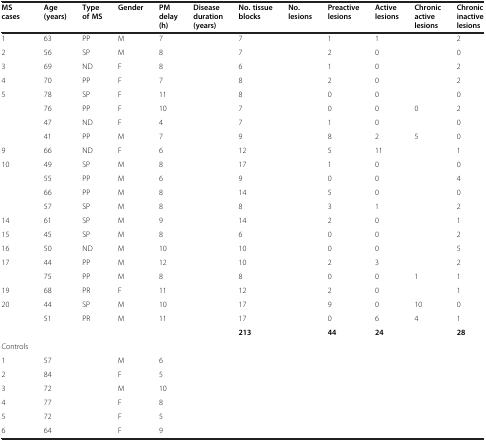
<table><thead><tr><td><b>MS cases</b></td><td><b>Age (years)</b></td><td><b>Type of MS</b></td><td><b>Gender</b></td><td><b>PM delay (h)</b></td><td><b>Disease duration (years)</b></td><td><b>No. tissue blocks</b></td><td><b>No. lesions</b></td><td><b>Preactive lesions</b></td><td><b>Active lesions</b></td><td><b>Chronic active lesions</b></td><td><b>Chronic inactive lesions</b></td></tr></thead><tbody><tr><td>1</td><td>63</td><td>PP</td><td>M</td><td>7</td><td>[EMPTY_CELL]</td><td>7</td><td>[EMPTY_CELL]</td><td>1</td><td>1</td><td>[EMPTY_CELL]</td><td>2</td></tr><tr><td>2</td><td>56</td><td>SP</td><td>M</td><td>8</td><td>[EMPTY_CELL]</td><td>7</td><td>[EMPTY_CELL]</td><td>2</td><td>0</td><td>[EMPTY_CELL]</td><td>0</td></tr><tr><td>3</td><td>69</td><td>ND</td><td>F</td><td>8</td><td>[EMPTY_CELL]</td><td>6</td><td>[EMPTY_CELL]</td><td>1</td><td>0</td><td>[EMPTY_CELL]</td><td>2</td></tr><tr><td>4</td><td>70</td><td>PP</td><td>F</td><td>7</td><td>[EMPTY_CELL]</td><td>8</td><td>[EMPTY_CELL]</td><td>2</td><td>0</td><td>[EMPTY_CELL]</td><td>2</td></tr><tr><td>5</td><td>78</td><td>SP</td><td>F</td><td>11</td><td>[EMPTY_CELL]</td><td>8</td><td>[EMPTY_CELL]</td><td>0</td><td>0</td><td>[EMPTY_CELL]</td><td>0</td></tr><tr><td>[EMPTY_CELL]</td><td>76</td><td>PP</td><td>F</td><td>10</td><td>[EMPTY_CELL]</td><td>7</td><td>[EMPTY_CELL]</td><td>0</td><td>0</td><td>0</td><td>2</td></tr><tr><td>[EMPTY_CELL]</td><td>47</td><td>ND</td><td>F</td><td>4</td><td>[EMPTY_CELL]</td><td>7</td><td>[EMPTY_CELL]</td><td>1</td><td>0</td><td>[EMPTY_CELL]</td><td>0</td></tr><tr><td>[EMPTY_CELL]</td><td>41</td><td>PP</td><td>M</td><td>7</td><td>[EMPTY_CELL]</td><td>9</td><td>[EMPTY_CELL]</td><td>8</td><td>2</td><td>5</td><td>0</td></tr><tr><td>9</td><td>66</td><td>ND</td><td>F</td><td>6</td><td>[EMPTY_CELL]</td><td>12</td><td>[EMPTY_CELL]</td><td>5</td><td>11</td><td>[EMPTY_CELL]</td><td>1</td></tr><tr><td>10</td><td>49</td><td>SP</td><td>M</td><td>8</td><td>[EMPTY_CELL]</td><td>17</td><td>[EMPTY_CELL]</td><td>1</td><td>0</td><td>[EMPTY_CELL]</td><td>0</td></tr><tr><td>[EMPTY_CELL]</td><td>55</td><td>PP</td><td>M</td><td>6</td><td>[EMPTY_CELL]</td><td>9</td><td>[EMPTY_CELL]</td><td>0</td><td>0</td><td>[EMPTY_CELL]</td><td>4</td></tr><tr><td>[EMPTY_CELL]</td><td>66</td><td>PP</td><td>M</td><td>8</td><td>[EMPTY_CELL]</td><td>14</td><td>[EMPTY_CELL]</td><td>5</td><td>0</td><td>[EMPTY_CELL]</td><td>0</td></tr><tr><td>[EMPTY_CELL]</td><td>57</td><td>SP</td><td>M</td><td>8</td><td>[EMPTY_CELL]</td><td>8</td><td>[EMPTY_CELL]</td><td>3</td><td>1</td><td>[EMPTY_CELL]</td><td>2</td></tr><tr><td>14</td><td>61</td><td>SP</td><td>M</td><td>9</td><td>[EMPTY_CELL]</td><td>14</td><td>[EMPTY_CELL]</td><td>2</td><td>0</td><td>[EMPTY_CELL]</td><td>1</td></tr><tr><td>15</td><td>45</td><td>SP</td><td>M</td><td>8</td><td>[EMPTY_CELL]</td><td>6</td><td>[EMPTY_CELL]</td><td>0</td><td>0</td><td>[EMPTY_CELL]</td><td>2</td></tr><tr><td>16</td><td>50</td><td>ND</td><td>M</td><td>10</td><td>[EMPTY_CELL]</td><td>10</td><td>[EMPTY_CELL]</td><td>0</td><td>0</td><td>[EMPTY_CELL]</td><td>5</td></tr><tr><td>17</td><td>44</td><td>PP</td><td>M</td><td>12</td><td>[EMPTY_CELL]</td><td>10</td><td>[EMPTY_CELL]</td><td>2</td><td>3</td><td>[EMPTY_CELL]</td><td>2</td></tr><tr><td>[EMPTY_CELL]</td><td>75</td><td>PP</td><td>M</td><td>8</td><td>[EMPTY_CELL]</td><td>8</td><td>[EMPTY_CELL]</td><td>0</td><td>0</td><td>1</td><td>1</td></tr><tr><td>19</td><td>68</td><td>PR</td><td>F</td><td>11</td><td>[EMPTY_CELL]</td><td>12</td><td>[EMPTY_CELL]</td><td>2</td><td>0</td><td>[EMPTY_CELL]</td><td>1</td></tr><tr><td>20</td><td>44</td><td>SP</td><td>M</td><td>10</td><td>[EMPTY_CELL]</td><td>17</td><td>[EMPTY_CELL]</td><td>9</td><td>0</td><td>10</td><td>0</td></tr><tr><td>[EMPTY_CELL]</td><td>51</td><td>PR</td><td>M</td><td>11</td><td>[EMPTY_CELL]</td><td>17</td><td>[EMPTY_CELL]</td><td>0</td><td>6</td><td>4</td><td>1</td></tr><tr><td>[EMPTY_CELL]</td><td>[EMPTY_CELL]</td><td>[EMPTY_CELL]</td><td>[EMPTY_CELL]</td><td>[EMPTY_CELL]</td><td>[EMPTY_CELL]</td><td><b>213</b></td><td>[EMPTY_CELL]</td><td><b>44</b></td><td><b>24</b></td><td>[EMPTY_CELL]</td><td><b>28</b></td></tr><tr><td>Controls</td><td>[EMPTY_CELL]</td><td>[EMPTY_CELL]</td><td>[EMPTY_CELL]</td><td>[EMPTY_CELL]</td><td>[EMPTY_CELL]</td><td>[EMPTY_CELL]</td><td>[EMPTY_CELL]</td><td>[EMPTY_CELL]</td><td>[EMPTY_CELL]</td><td>[EMPTY_CELL]</td><td>[EMPTY_CELL]</td></tr><tr><td>1</td><td>57</td><td>[EMPTY_CELL]</td><td>M</td><td>6</td><td>[EMPTY_CELL]</td><td>[EMPTY_CELL]</td><td>[EMPTY_CELL]</td><td>[EMPTY_CELL]</td><td>[EMPTY_CELL]</td><td>[EMPTY_CELL]</td><td>[EMPTY_CELL]</td></tr><tr><td>2</td><td>84</td><td>[EMPTY_CELL]</td><td>F</td><td>5</td><td>[EMPTY_CELL]</td><td>[EMPTY_CELL]</td><td>[EMPTY_CELL]</td><td>[EMPTY_CELL]</td><td>[EMPTY_CELL]</td><td>[EMPTY_CELL]</td><td>[EMPTY_CELL]</td></tr><tr><td>3</td><td>72</td><td>[EMPTY_CELL]</td><td>M</td><td>10</td><td>[EMPTY_CELL]</td><td>[EMPTY_CELL]</td><td>[EMPTY_CELL]</td><td>[EMPTY_CELL]</td><td>[EMPTY_CELL]</td><td>[EMPTY_CELL]</td><td>[EMPTY_CELL]</td></tr><tr><td>4</td><td>77</td><td>[EMPTY_CELL]</td><td>F</td><td>8</td><td>[EMPTY_CELL]</td><td>[EMPTY_CELL]</td><td>[EMPTY_CELL]</td><td>[EMPTY_CELL]</td><td>[EMPTY_CELL]</td><td>[EMPTY_CELL]</td><td>[EMPTY_CELL]</td></tr><tr><td>5</td><td>72</td><td>[EMPTY_CELL]</td><td>F</td><td>5</td><td>[EMPTY_CELL]</td><td>[EMPTY_CELL]</td><td>[EMPTY_CELL]</td><td>[EMPTY_CELL]</td><td>[EMPTY_CELL]</td><td>[EMPTY_CELL]</td><td>[EMPTY_CELL]</td></tr><tr><td>6</td><td>64</td><td>[EMPTY_CELL]</td><td>F</td><td>9</td><td>[EMPTY_CELL]</td><td>[EMPTY_CELL]</td><td>[EMPTY_CELL]</td><td>[EMPTY_CELL]</td><td>[EMPTY_CELL]</td><td>[EMPTY_CELL]</td><td>[EMPTY_CELL]</td></tr></tbody></table>